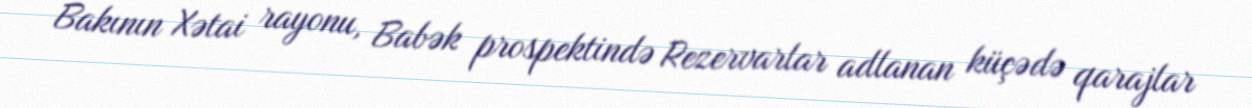
Bakının Xətai rayonu, Babək prospektində Rezervarlar adlanan küçədə qarajlar